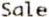
SALE